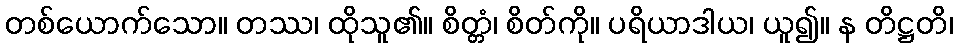
တစ်ယောက်သော။ တဿ၊ ထိုသူ၏။ စိတ္တံ၊ စိတ်ကို။ ပရိယာဒါယ၊ ယူ၍။ န တိဋ္ဌတိ၊